Annual report on the working of the lock hospitals in the North-Western Provinces and Oudh
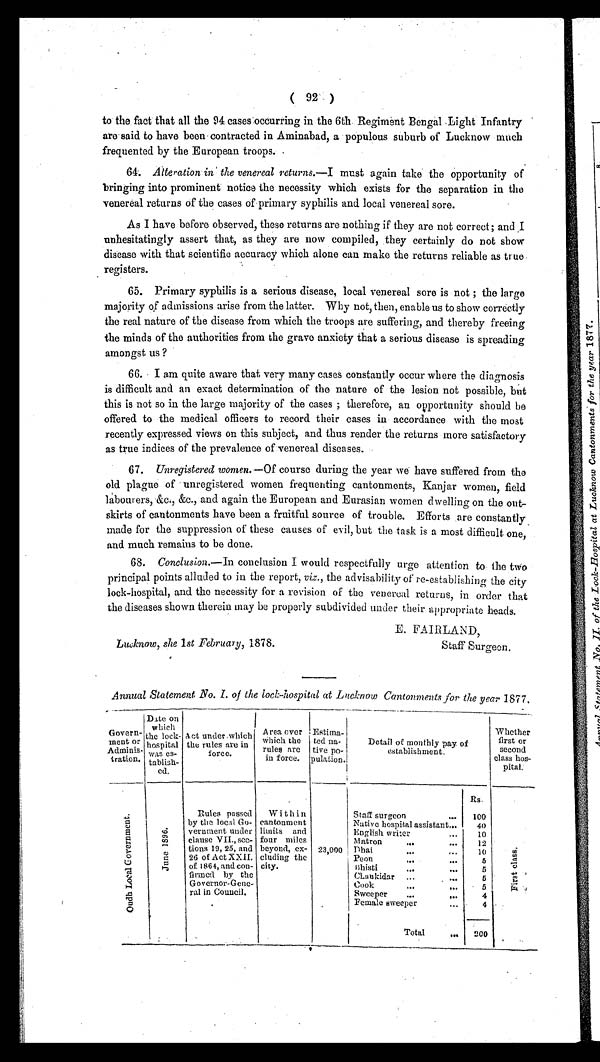
Lucknow, she 1st February, 1878.
E. FAIRLAND,
Staff Surgeon.
( 92 )
to the fact that all the 94 cases occurring in the 6th. Regiment Bengal Light Infantry
are said to have been contracted in Aminabad, a populous suburb of Lucknow much
frequented by the European troops.
64.
Alteration in the venereal returns. —I must again take the opportunity of
bringing into prominent notice the necessity which exists for the separation in the
venereal returns of the cases of primary syphilis and local venereal sore.
As I have before observed, these returns are nothing if they are not correct; and I
unhesitatingly assert that, as they are now compiled, they certainly do not show
disease with that scientific accuracy which alone can make the returns reliable as true
registers.
65. Primary syphilis is a serious disease, local venereal sore is not ; the large
majority of admissions arise from the latter. Why not, then, enable us to show correctly
the real nature of the disease from which the troops are suffering, and thereby freeing
the minds of the authorities from the grave anxiety that a serious disease is spreading
amongst us ?
66. I am quite aware that very many cases constantly occur where the diagnosis
is difficult and an exact determination of the nature of the lesion not possible, but
this is not so in the large majority of the cases ; therefore, an opportunity should be
offered to the medical officers to record their cases in accordance with the most
recently expressed views on this subject, and thus render the returns more satisfactory
as true indices of the prevalence of venereal diseases.
67.
Unregistered women. —Of course during the year we have suffered from the
old plague of unregistered women frequenting cantonments, Kanjar women, field
labourers, &c., &c., and again the European and Eurasian women dwelling on the out-
skirts of cantonments have been a fruitful source of trouble. Efforts are constantly
made for the suppression of these causes of evil, but the task is a most difficult, one,
and much remains to be done.
68.
Conclusion. —In conclusion I would respectfully urge attention to the two
principal points alluded to in the report, viz ., the advisability of re-establishing the city
lock-hospital, and the necessity for a revision of the venereal returns, in order that
the diseases shown therein may be properly subdivided under their appropriate heads.
Annual Statement. No. I. of the lock-hospital at Lucknow Cantonments for the year 1877.
Govern-
ment or
Adminis-
tration.
Date on
which
the lock-
hospital was es-
tablish-
ed.
Act under which
the rules are in
force.
Area over
Which the
rules are
in force.
Estima-
ted na-
tire po-
pulation.
Detail of monthly pay of
establishment.
Whether
first or
second
class hos-
pital.
O u d h L o c a l G o v e r n m e n t .
J u n e 1 8 9 6 .
Rules passed
by the local Go-
vernment under
clause VII., see-
tions 19, 25, and
26 of Act XXII.
of 1864, and con-
firmed by the
Governor-Gene-
ral in Council.
Within
cantonment
limits and
four miles
beyond, ex-
cluding the
city.
23,000
Rs.
F i r s t c l a s s .
Staff surgeon
. 100
Native hospital assistant...
40
English writer
...
10
Matron
...
...
12
Dhai
... ...
10
Peon...
5
Bhisti ... ...
5
Clankidar ...
...
5
Cook
...
...
5
Sweeper ,..
...
4
Female sweeper
4
Total
200